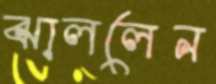
ঝাললেন